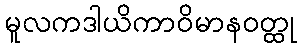
မူလကဒါယိကာဝိမာနဝတ္ထု